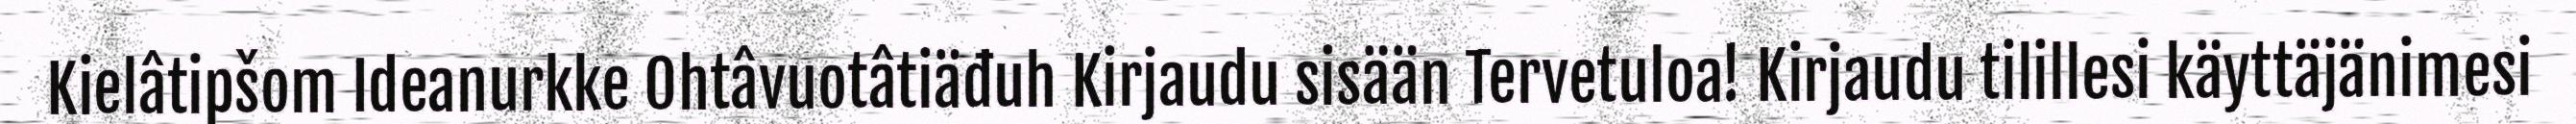
Kielâtipšom Ideanurkke Ohtâvuotâtiäđuh Kirjaudu sisään Tervetuloa! Kirjaudu tilillesi käyttäjänimesi